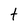
Character: T